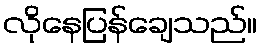
လိုနေပြန်ချေသည်။